Report on plague and inoculation in the Punjab from October 1st ... to September 30th..., being the ... season of plague in the province
Disease focus: Plague
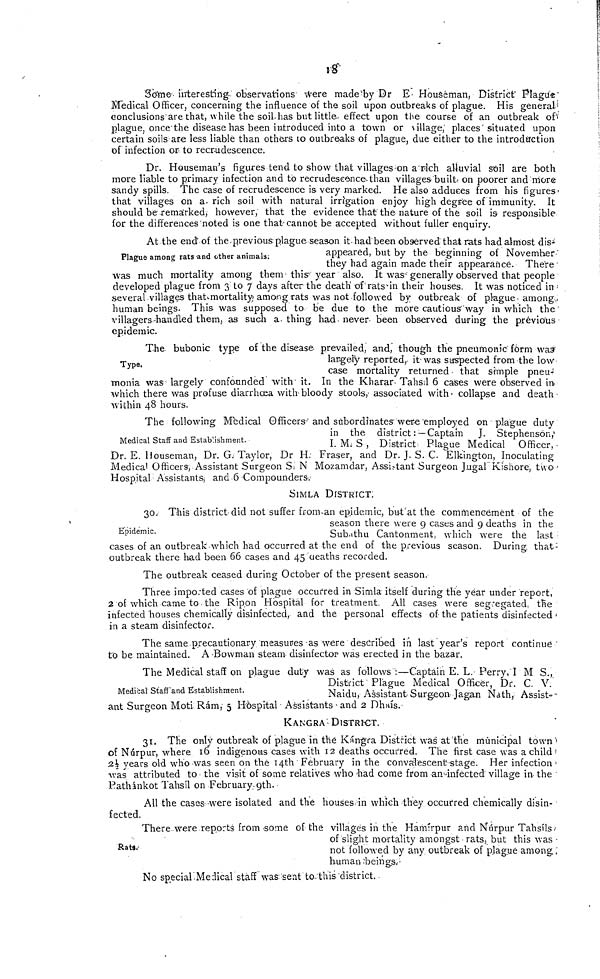
18
Some interesting observations were made by Dr E Houseman, District Plague
Medical Officer, concerning the influence of the soil upon outbreaks of plague. His general
conclusions are that, while the soil has but little- effect upon the course of an outbreak of
plague, once the disease has been introduced into a town or village, places situated upon
certain soils are less liable than others to outbreaks of plague, due either to the introduction
of infection or to recrudescence.
Dr. Houseman's figures tend to show that villages on a rich alluvial soil are both
more liable to primary infection and to recrudescence than villages built on poorer and more
sandy spills. The case of recrudescence is very marked. He also adduces from his figures
that villages on a rich soil with natural irrigation enjoy high degree of immunity. It
should be remarked, however, that the evidence that the nature of the soil is responsible
for the differences noted is one that cannot be accepted without fuller enquiry.
Plague among rats and other animals;
At the end of the previous plague season it had been observed that rats had almost dis-
appeared, but by the beginning of November
they had again made their appearance. There
was much mortality among them this- year also. It was generally observed that people
developed plague from 3 to 7 days after the death of rats in their houses. It was noticed in
several villages that mortality among rats was not followed by outbreak of plague among.
human beings. This was supposed to be due to the more cautious way in which the
villagers handled them, as such a thing had never been observed during the previous
epidemic.
Type.
The bubonic type of the disease- prevailed, and, though the pneumonic form was
largely reported, it was suspected from the low
case mortality returned that simple pneu-
monia was largely confounded with it. In the Kharar Tahsil 6 cases were observed in-
which there was profuse diarrhoea with bloody stools, associated with collapse and death
within 48 hours.
Medical Staff and Establishment.
The following Medical Officers and subordinates were employed on • plague duty
in the district : — Captain J. Stephenson,
I. M. S , District Plague Medical Officer,
Dr. E. Houseman, Dr. G. Taylor, Dr H, Fraser, and Dr. J. S. C. Elkington, Inoculating
Medical Officers, Assistant Surgeon S; N Mozamdar, Assistant Surgeon Jugal Kishore, two
Hospital Assistants, and 6 Compounders
SIMLA DISTRICT.
Epidemic.
30. This district did not suffer from an epidemic, but at the commencement of the
season there were 9 cases and 9 deaths in the
Subathu Cantonment, which were the last
cases of an outbreak which had occurred at the end of the previous season. During that-
outbreak there had been 66 cases and 45 deaths recorded.
The outbreak ceased during October of the present season.
Three imported cases of plague occurred in Simla itself during the year under report,
2 of which came to the Ripon Hospital for treatment. All cases were segregated, the
infected houses chemically disinfected, and the personal effects of the patients disinfected
in a steam disinfector.
The same precautionary measures as were described in last year's report continue
to be maintained. A Bowman steam disinfector was erected in the bazar.
Medical Staff and Establishment.
The Medical staff on plague duty was as follows :—Captain E. L. Perry, I M S.,
District Plague Medical Officer, Dr. C. V.
Naidu, Assistant Surgeon Jagan Nath, Assist-
ant Surgeon Moti Ram,- 5 Hospital Assistants and 2 Dhaís.
KANGRA DISTRICT.
31. The only outbreak of plague in thé Kángra District was at the municipal town
of Nárpur, where 16 indigenous cases with 12 deaths occurred. The first case was a child
2 1/2 years old who was seen on the 14th February in the convalescent stage. Her infection
was attributed to the visit of some relatives who 'had come from an infected' village in the
Páthnkot Tahsíl on February 9th.
All the cases were isolated and the houses in which they occurred chemically disin-
fected.
Rats.-
There were reports from some of the villages in the Hamirpur and Núrpur Tahsíls
of slight mortality amongst rats, but this was
not followed by any outbreak of plague among,
human beings.
No special Medical staff was sent to this district.